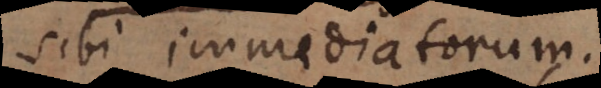
sibi immediatorum.